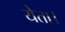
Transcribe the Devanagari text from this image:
येता।